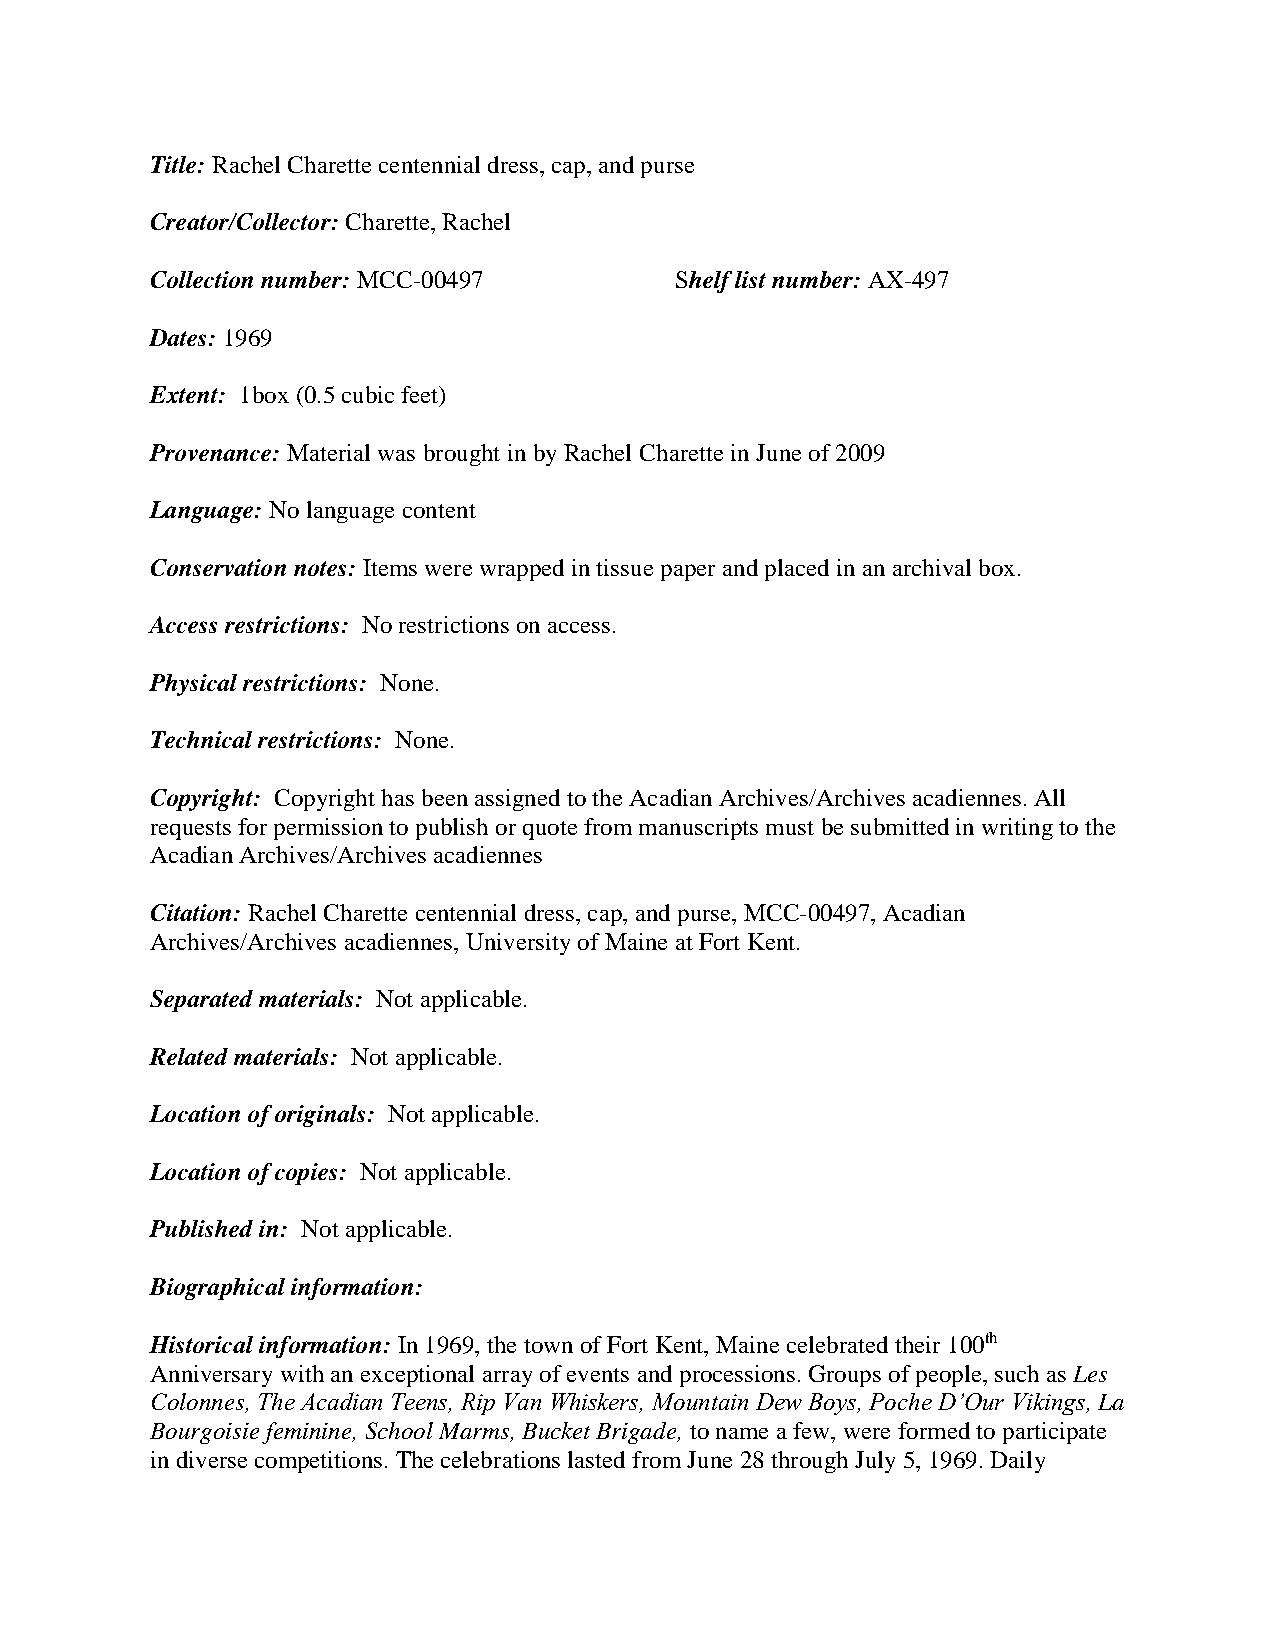
Title: Rachel Charette centennial dress, cap, and purse
 Creator/Collector: Charette, Rachel
 Collection number: MCC-00497       Shelf list number: AX-497
 Dates: 1969
 Extent: 1box (0.5 cubic feet)
 Provenance: Material was brought in by Rachel Charette in June of 2009
 Language: No language content
 Conservation notes: Items were wrapped in tissue paper and placed in an archival box.
 Access restrictions: No restrictions on access.
 Physical restrictions: None.
 Technical restrictions: None.
 Copyright: Copyright has been assigned to the Acadian Archives/Archives acadiennes. All
 requests for permission to publish or quote from manuscripts must be submitted in writing to the
 Acadian Archives/Archives acadiennes
 Citation: Rachel Charette centennial dress, cap, and purse, MCC-00497, Acadian
 Archives/Archives acadiennes, University of Maine at Fort Kent.
 Separated materials: Not applicable.
 Related materials: Not applicable.
 Location of originals: Not applicable.
 Location of copies: Not applicable.
 Published in: Not applicable.
 Biographical information:
 Historical information: In 1969, the town of Fort Kent, Maine celebrated their 100th
 Anniversary with an exceptional array of events and processions. Groups of people, such as Les
 Colonnes, The Acadian Teens, Rip Van Whiskers, Mountain Dew Boys, Poche D’Our Vikings, La
 Bourgoisie feminine, School Marms, Bucket Brigade, to name a few, were formed to participate
 in diverse competitions. The celebrations lasted from June 28 through July 5, 1969. Daily